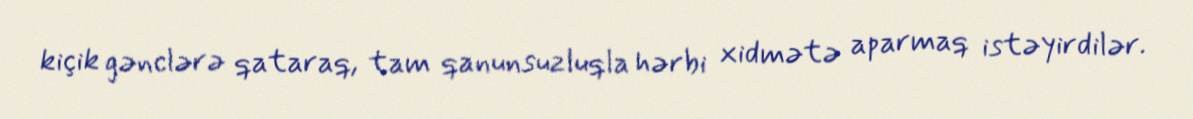
kiçik gənclərə qataraq, tam qanunsuzluqla hərbi xidmətə aparmaq istəyirdilər.